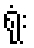
ရုံး